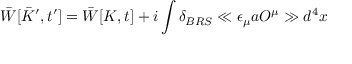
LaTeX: \bar { W } [ \bar { K } ^ { \prime } , t ^ { \prime } ] = \bar { W } [ K , t ] + i \int \delta _ { B R S } \ll \epsilon _ { \mu } a O ^ { \mu } \gg d ^ { 4 } x